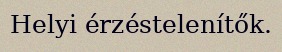
Helyi érzéstelenítők.